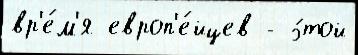
вр'е́м'я европ'е́йцев - э́той